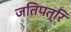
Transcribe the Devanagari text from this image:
जतिपत्रि